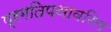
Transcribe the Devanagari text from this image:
प्रगतिपथावरिल